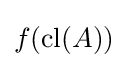
f(\operatorname {cl} (A))